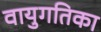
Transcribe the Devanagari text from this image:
वायुगतिका